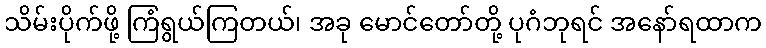
သိမ်းပိုက်ဖို့ ကြံရွယ်ကြတယ်၊ အခု မောင်တော်တို့ ပုဂံဘုရင် အနော်ရထာက